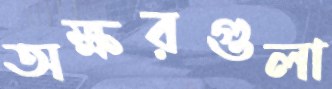
অক্ষরগুলা